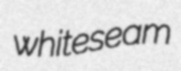
whiteseam